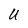
Character: U